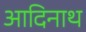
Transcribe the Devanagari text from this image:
आदिनाथ्‍ा